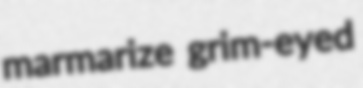
marmarize grim-eyed